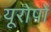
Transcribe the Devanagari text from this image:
यूरोपों